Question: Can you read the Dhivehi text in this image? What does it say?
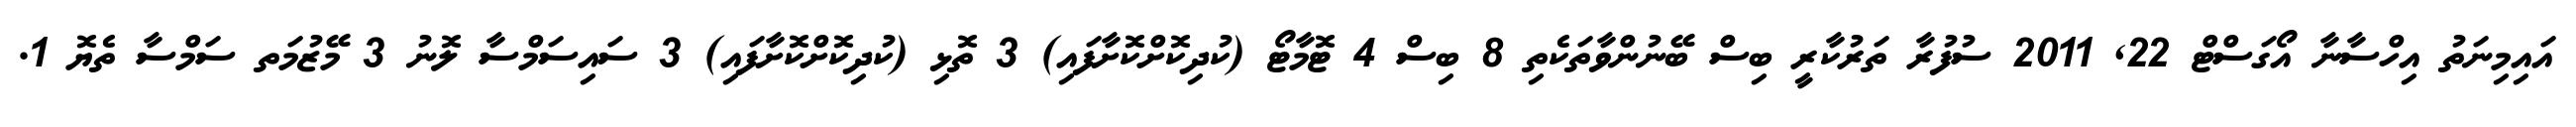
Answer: އައިމިނަތު އިހްސާނާ އޯގަސްޓް 22, 2011 ސުފުރާ ތަރުކާރީ ބިސް ބޭނުންވާތަކެތި 8 ބިސް 4 ޓޮމާޓޯ (ކުދިކޮށްކޮށާފައި) 3 ތޮޅި (ކުދިކޮށްކޮށާފައި) 3 ސައިސަމްސާ ލޮނު 3 މޭޒުމަތ ސަމްސާ ތެޔޮ 1.